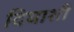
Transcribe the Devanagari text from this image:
दिघाशी